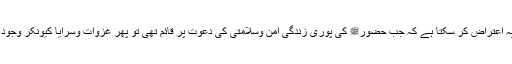
۶- اس سلسلے میں کوئی یہ اعتراض کر سکتا ہے کہ جب حضورﷺ کی پوری زندگی امن وسلامتی کی دعوت پر قائم تھی تو پھر غزوات وسرایا کیونکر وجود میں آئے جس میں قتل ہوا۔